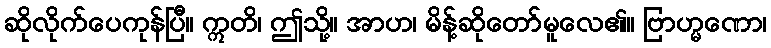
ဆိုလိုက်ပေကုန်ပြီ။ ဣတိ၊ ဤသို့။ အာဟ၊ မိန့်ဆိုတော်မူလေ၏။ ဗြာဟ္မဏော၊